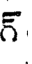
గ్